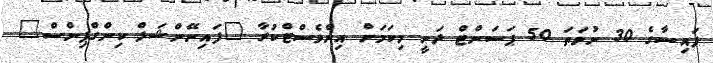
ފައިސާގެ 30 ނުވަތަ 50 ޕަސަންޓް ދަނީ މިކަމަށް އިންވެސްޓްކުރާ "ފައިނޭންޝަލް ކިންގްޕިންސް"